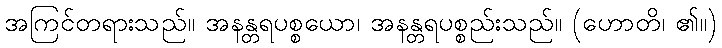
အကြင်တရားသည်။ အနန္တရပစ္စယော၊ အနန္တရပစ္စည်းသည်။ (ဟောတိ၊ ၏။)